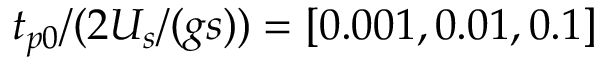
t _ { p 0 } / ( 2 U _ { s } / ( g s ) ) = [ 0 . 0 0 1 , 0 . 0 1 , 0 . 1 ]